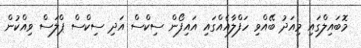
މޮބައިލްގައި މިއަދު ބޭއްވި ހަފްލާއެއްގައި އައިފޯން ސިކްސް އަދި ސިކްސް ޕްލަސް ވިއްކުން